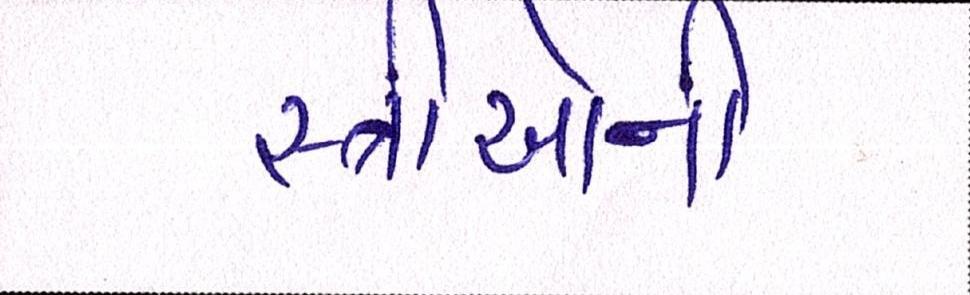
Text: સ્ત્રીઓની